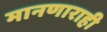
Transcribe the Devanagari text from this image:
मानणाराही